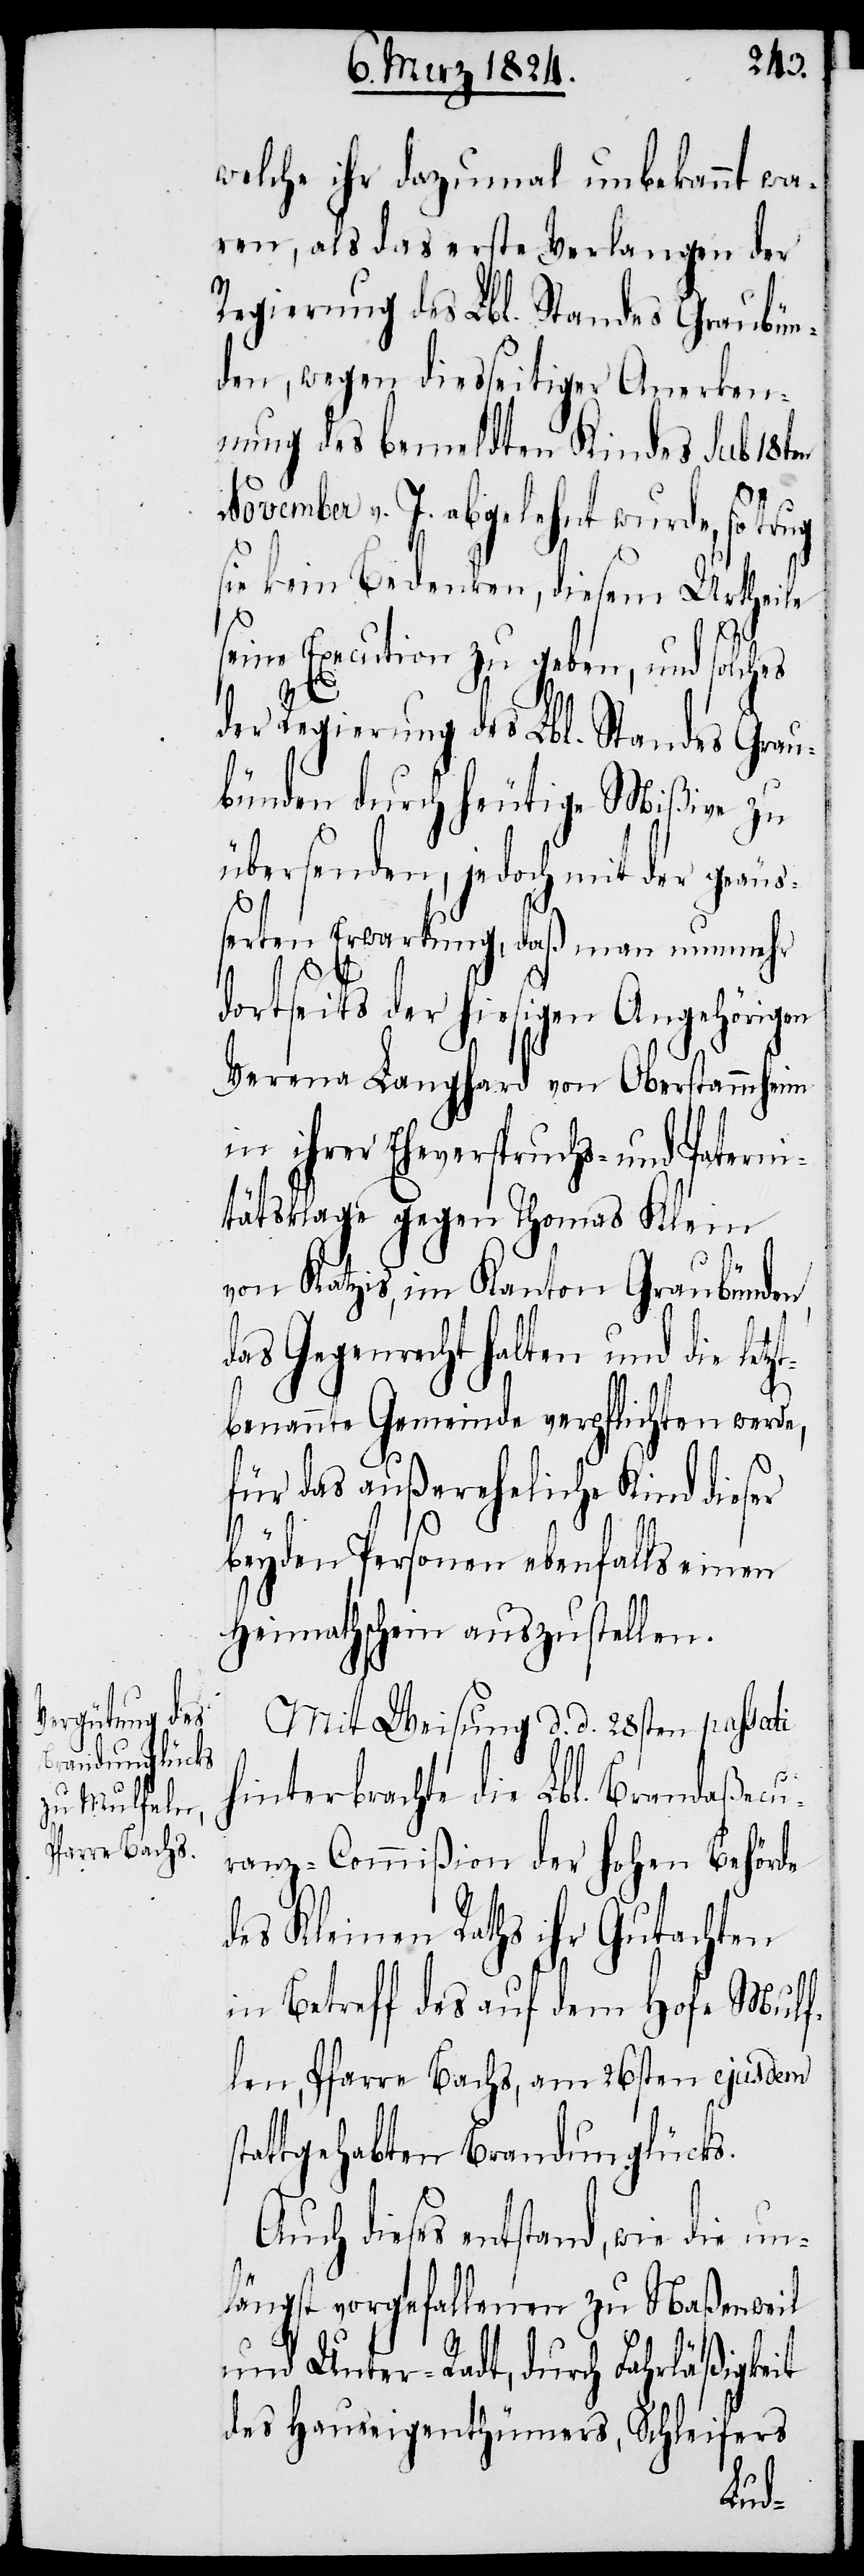
welche ihr dazumal unbekannt wa¬
ren, als das erste Verlangen der
Regierung des Lbl. Standes Graubün¬
den, wegen diesseitiger Anerken¬
nung des bemeldten Kindes sub 18ten
November v. J. abgelehnt wurde, so trug
sie kein Bedenken, diesem Urtheile
seine Execution zu geben, und solches
der Regierung des Lbl. Standes Grau¬
bünden durch heutige Mißive zu
übersenden, jedoch mit der geäuß¬
erten Erwartung, daß man nunmehr
zt¬
dortseits der hiesigen Angehörigen
Verena Langhard von Oberstammheim
in ihrer Eheverspruchs- und Paterni¬
tätsklage gegen Thomas Klein
von Katzis, im Kanton Graubünden,
das Gegenrecht halten und die let¬
benannte Gemeinde verpflichten werde,
für das außereheliche Kind dieser
beyden Personen ebenfalls einen
Heimathschein auszustellen.
Mit Weisung d. d. 28sten passati
hinterbrachte die Lbl. Brandaßecu¬
ranz-Commißion der hohen Behörde
des Kleinen Raths ihr Gutachten
in Betreff des auf dem Hofe Mulfe¬
ln, Pfarre Bachs, am 26sten ejusdem
stattgehabten Brandunglücks.
Auch dieses entstand, wie die un¬
längst vorgefallenen zu Naßenweil
und Unter-Radt, durch Fahrläßigkeit
des Hauseigenthümers, Schleifers